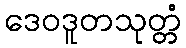
ဒေဝဒူတသုတ္တံ